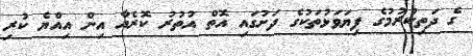
ގެ ދަތިކުރުމުގެ ފިޔަވަޅުތަކުގެ ދަށުގައި އޮތް އުތުރު ކޮރެއާ އިން އިއްޔެ ކުރި